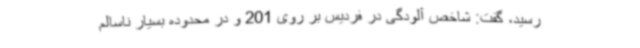
رسید، گفت: شاخص آلودگی در فردیس بر روی 201 و در محدوده بسیار ناسالم